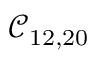
\mathcal { C } _ { 1 2 , 2 0 }